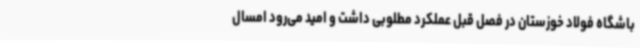
باشگاه فولاد خوزستان در فصل قبل عملکرد مطلوبی داشت و امید می‌رود امسال